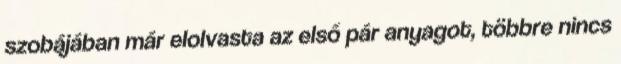
szobájában már elolvasta az első pár anyagot, többre nincs